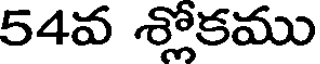
54వ శ్లోకము